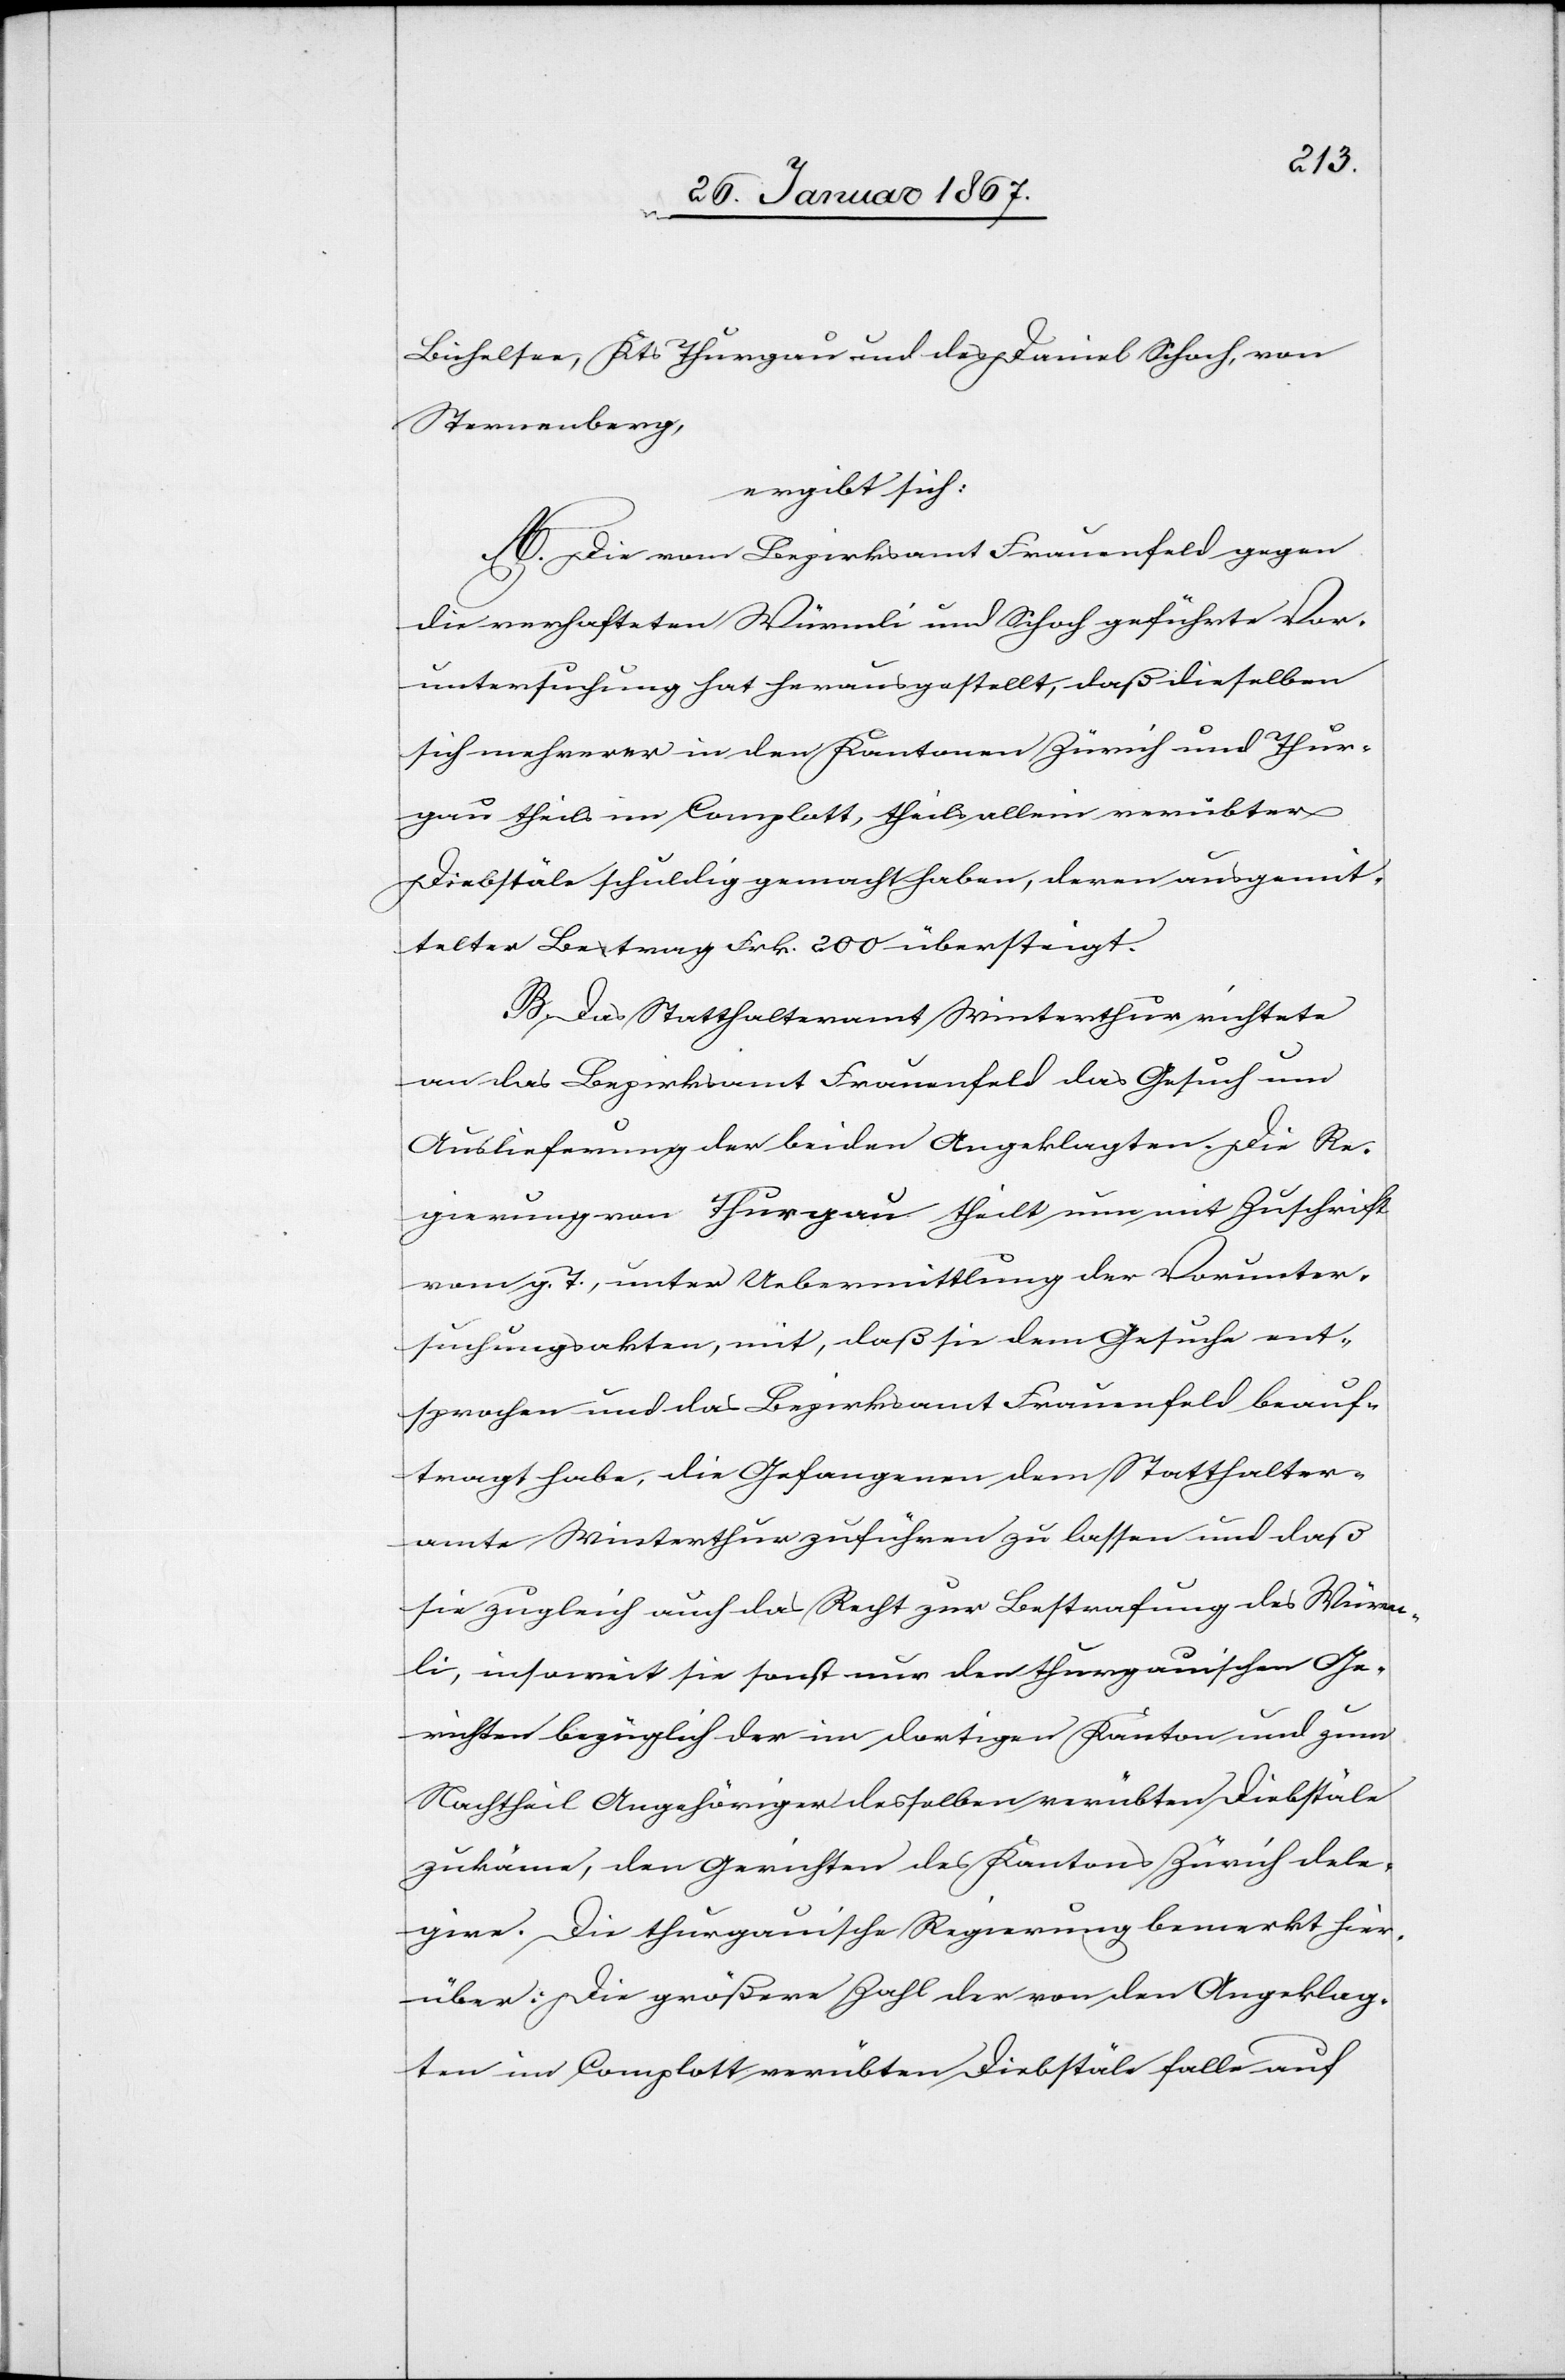
Bichelsee, Kts Thurgau und des Daniel Schoch, von
Sternenberg,
ergibt sich:
A. Die vom Bezirksamt Frauenfeld gegen
die verhafteten Würmli und Schoch geführte Vor¬
untersuchung hat herausgestellt, daß dieselben
sich mehrerer in den Kantonen Zürich und Thur¬
gau theils im Complott, theils allein verübter
Diebstäle schuldig gemacht haben, deren ausgemit¬
telter Betrag Frk. 200 übersteigt.
B. Das Statthalteramt Winterthur richtete
an das Bezirksamt Frauenfeld das Gesuch um
Auslieferung der beiden Angeklagten. Die Re¬
gierung von Thurgau theilt nun mit Zuschrift
vom g. T., unter Uebermittlung der Vorunter¬
suchungsakten, mit, daß sie dem Gesuche ent¬
sprochen und das Bezirksamt Frauenfeld beauf¬
tragt habe, die Gefangenen dem Statthalter¬
amt Winterthur zuführen zu lassen und daß
sie zugleich auch das Recht zur Bestrafung des Würm¬
li, insoweit sie sonst nur den thurgauischen Ge¬
richten bezüglich der im dortigen Kanton und zum
Nachtheil Angehöriger desselben verübten Diebstäle
zukäme, den Gerichten des Kantons Zürich dele¬
gire. Die thurgauische Regierung bemerkt hier¬
über: Die größere Zahl der von den Angeklag¬
ten im Complott verübten Diebstäle falle auf